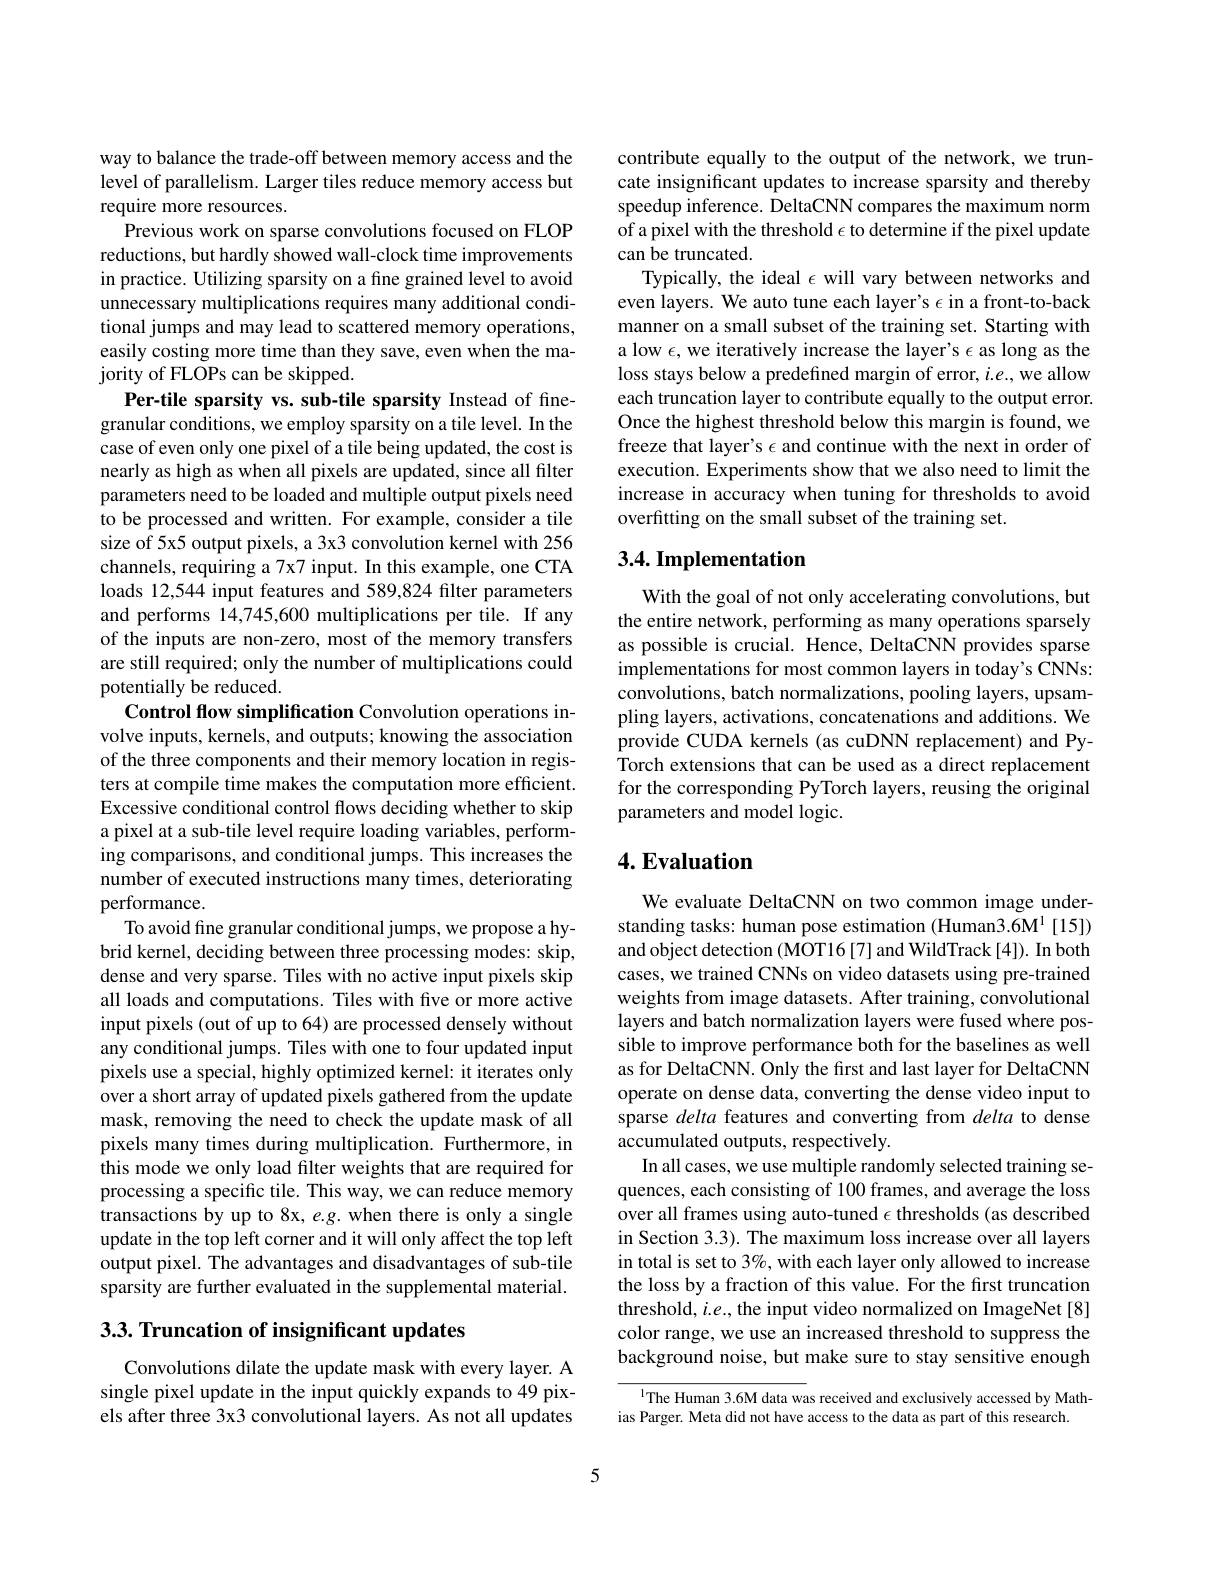
way to balance the trade-off between memory access and the level of parallelism. Larger tiles reduce memory access but require more resources.
Previous work on sparse convolutions focused on FLOP reductions, but hardly showed wall-clock time improvements in practice. Utilizing sparsity on a fine grained level to avoid $\hat{\text{unnecessary multiplications requires many additional condi-}}$ tional jumps and may lead to scattered memory operations, easily costing more time than they save, even when the majority of FLOPs can be skipped.
Per-tile sparsity vs. sub-tile sparsity Instead of finegranular conditions, we employ sparsity on a tile level. In the case of even only one pixel of a tile being updated, the cost is nearly as high as when all pixels are updated, since all filter parameters need to be loaded and multiple output pixels need to be processed and written. For example, consider a tile size of 5x5 output pixels, a 3x3 convolution kernel with 256 channels, requiring a 7x7 input. In this example, one CTA loads 12,544 input features and 589,824 filter parameters and performs 14,745,600 multiplications per tile. If any of the inputs are non-zero, most of the memory transfers are still required; only the number of multiplications could potentially be reduced.
Control flow simplification Convolution operations involve inputs, kernels, and outputs; knowing the association of the three components and their memory location in registers at compile time makes the computation more efficient. Excessive conditional control flows deciding whether to skip a pixel at a sub-tile level require loading variables, performing comparisons, and conditional jumps. This increases the number of executed instructions many times, deteriorating performance.
To avoid fine granular conditional jumps, we propose a hybrid kernel, deciding between three processing modes: skip, dense and very sparse. Tiles with no active input pixels skip all loads and computations. Tiles with five or more active input pixels (out of up to 64) are processed densely without any conditional jumps. Tiles with one to four updated input pixels use a special, highly optimized kernel: it iterates only over a short array of updated pixels gathered from the update mask, removing the need to check the update mask of all pixels many times during multiplication. Furthermore, in this mode we only load filter weights that are required for processing a specific tile. This way, we can reduce memory transactions by up to 8x, e.g. when there is only a single update in the top left corner and it will only affect the top left output pixel. The advantages and disadvantages of sub-tile sparsity are further evaluated in the supplemental material. $3. 3. \textbf{ Truncation of insignificant updates}$

Convolutions dilate the update mask with every layer. A single pixel update in the input quickly expands to 49 pixels after three 3x3 convolutional layers. As not all updates

contribute equally to the output of the network, we truncate insignificant updates to increase sparsity and thereby speedup inference. DeltaCNN compares the maximum norm of a pixel with the threshold $\epsilon$ to determine if the pixel update can be truncated.
Typically, the ideal $\epsilon$ will vary between networks and even layers. We auto tune each layer's $\epsilon$ in a front-to-back manner on a small subset of the training set. Starting with a low $\epsilon$, we iteratively increase the layer's $\epsilon$ as long as the loss stays below a predefined margin of error, $i.e.$, we allow each truncation layer to contribute equally to the output error. Once the highest threshold below this margin is found, we freeze that layer's $\epsilon$ and continue with the next in order of execution. Experiments show that we also need to limit the increase in accuracy when tuning for thresholds to avoid overfitting on the small subset of the training set.

## 3.4. Implementation

With the goal of not only accelerating convolutions, but the entire network, performing as many operations sparsely as possible is crucial. Hence, DeltaCNN provides sparse implementations for most common layers in today's CNNs: convolutions, batch normalizations, pooling layers, upsampling layers, activations, concatenations and additions. We provide CUDA kernels (as cuDNN replacement) and PyTorch extensions that can be used as a direct replacement for the corresponding PyTorch layers, reusing the original parameters and model logic.

## 4. Evaluation

We evaluate DeltaCNN on two common image understanding tasks: human pose estimation (Human3.6M$^1$[15]) and object detection ( MOT16 [7] and WildTrack [4]). In both cases, we trained CNNs on video datasets using pre-trained weights from image datasets. After training, convolutional layers and batch normalization layers were fused where possible to improve performance both for the baselines as well as for DeltaCNN. Only the first and last layer for DeltaCNN operate on dense data, converting the dense video input to sparse delta features and converting from delta to dense accumulated outputs, respectively.
In all cases, we use multiple randomly selected training sequences, each consisting of 100 frames, and average the loss over all frames using auto-tuned $\epsilon$ thresholds (as described in Section 3.3). The maximum loss increase over all layers in total is set to 3%, with each layer only allowed to increase the loss by a fraction of this value. For the first truncation threshold, $i.e.$, the input video normalized on ImageNet[8] color range, we use an increased threshold to suppress the background noise, but make sure to stay sensitive enough

$^{\mathrm{l}}$The Human 3.6M data was received and exclusively accessed by Math-
ias Parger. Meta did not have access to the data as part of this research.

5